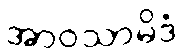
အာဝသာမိဒံ